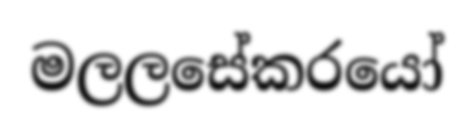
මලලසේකරයෝ